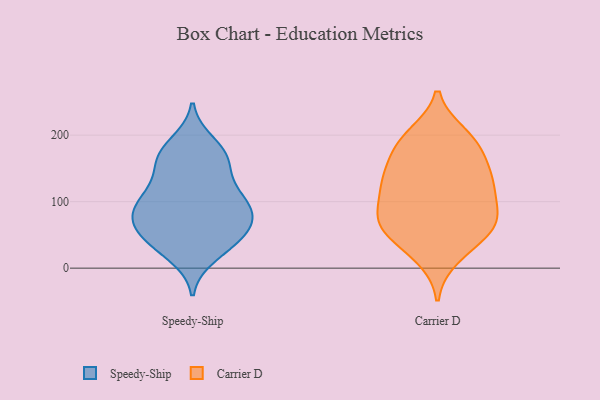
{"axis": {"x": "Humidity (%)", "y": "Value"}, "legend": ["Carrier D", "Speedy-Ship"], "data": [{"x": "", "y": 74, "type": "Speedy-Ship"}, {"x": "", "y": 65, "type": "Speedy-Ship"}, {"x": "", "y": 166, "type": "Speedy-Ship"}, {"x": "", "y": 108, "type": "Speedy-Ship"}, {"x": "", "y": 71, "type": "Speedy-Ship"}, {"x": "", "y": 103, "type": "Speedy-Ship"}, {"x": "", "y": 38, "type": "Speedy-Ship"}, {"x": "", "y": 79, "type": "Speedy-Ship"}, {"x": "", "y": 170, "type": "Speedy-Ship"}, {"x": "", "y": 47, "type": "Speedy-Ship"}, {"x": "", "y": 188, "type": "Speedy-Ship"}, {"x": "", "y": 172, "type": "Speedy-Ship"}, {"x": "", "y": 135, "type": "Speedy-Ship"}, {"x": "", "y": 109, "type": "Speedy-Ship"}, {"x": "", "y": 19, "type": "Speedy-Ship"}, {"x": "", "y": 51, "type": "Speedy-Ship"}, {"x": "", "y": 155, "type": "Speedy-Ship"}, {"x": "", "y": 97, "type": "Speedy-Ship"}, {"x": "", "y": 87, "type": "Speedy-Ship"}, {"x": "", "y": 33, "type": "Speedy-Ship"}, {"x": "", "y": 30, "type": "Carrier D"}, {"x": "", "y": 194, "type": "Carrier D"}, {"x": "", "y": 78, "type": "Carrier D"}, {"x": "", "y": 135, "type": "Carrier D"}, {"x": "", "y": 67, "type": "Carrier D"}, {"x": "", "y": 17, "type": "Carrier D"}, {"x": "", "y": 119, "type": "Carrier D"}, {"x": "", "y": 175, "type": "Carrier D"}, {"x": "", "y": 193, "type": "Carrier D"}, {"x": "", "y": 200, "type": "Carrier D"}, {"x": "", "y": 128, "type": "Carrier D"}, {"x": "", "y": 75, "type": "Carrier D"}, {"x": "", "y": 131, "type": "Carrier D"}, {"x": "", "y": 117, "type": "Carrier D"}, {"x": "", "y": 56, "type": "Carrier D"}, {"x": "", "y": 141, "type": "Carrier D"}, {"x": "", "y": 173, "type": "Carrier D"}, {"x": "", "y": 55, "type": "Carrier D"}, {"x": "", "y": 73, "type": "Carrier D"}, {"x": "", "y": 77, "type": "Carrier D"}]}